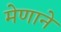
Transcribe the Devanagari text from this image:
मेणाने